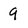
Character: 9